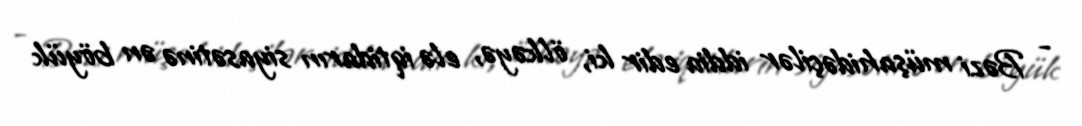
- Bəzi müşahidəçilər iddia edir ki, ölkəyə, elə iqtidarın siyasətinə ən böyük